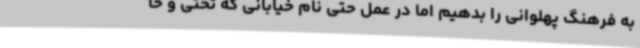
به فرهنگ پهلوانی را بدهیم اما در عمل حتی نام خیابانی که تختی و خا